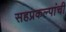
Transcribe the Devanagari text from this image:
सहप्रकल्पांची